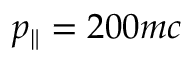
p _ { \| } = 2 0 0 m c